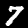
Digit: 7